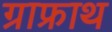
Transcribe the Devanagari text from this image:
ग्राफ्राथ